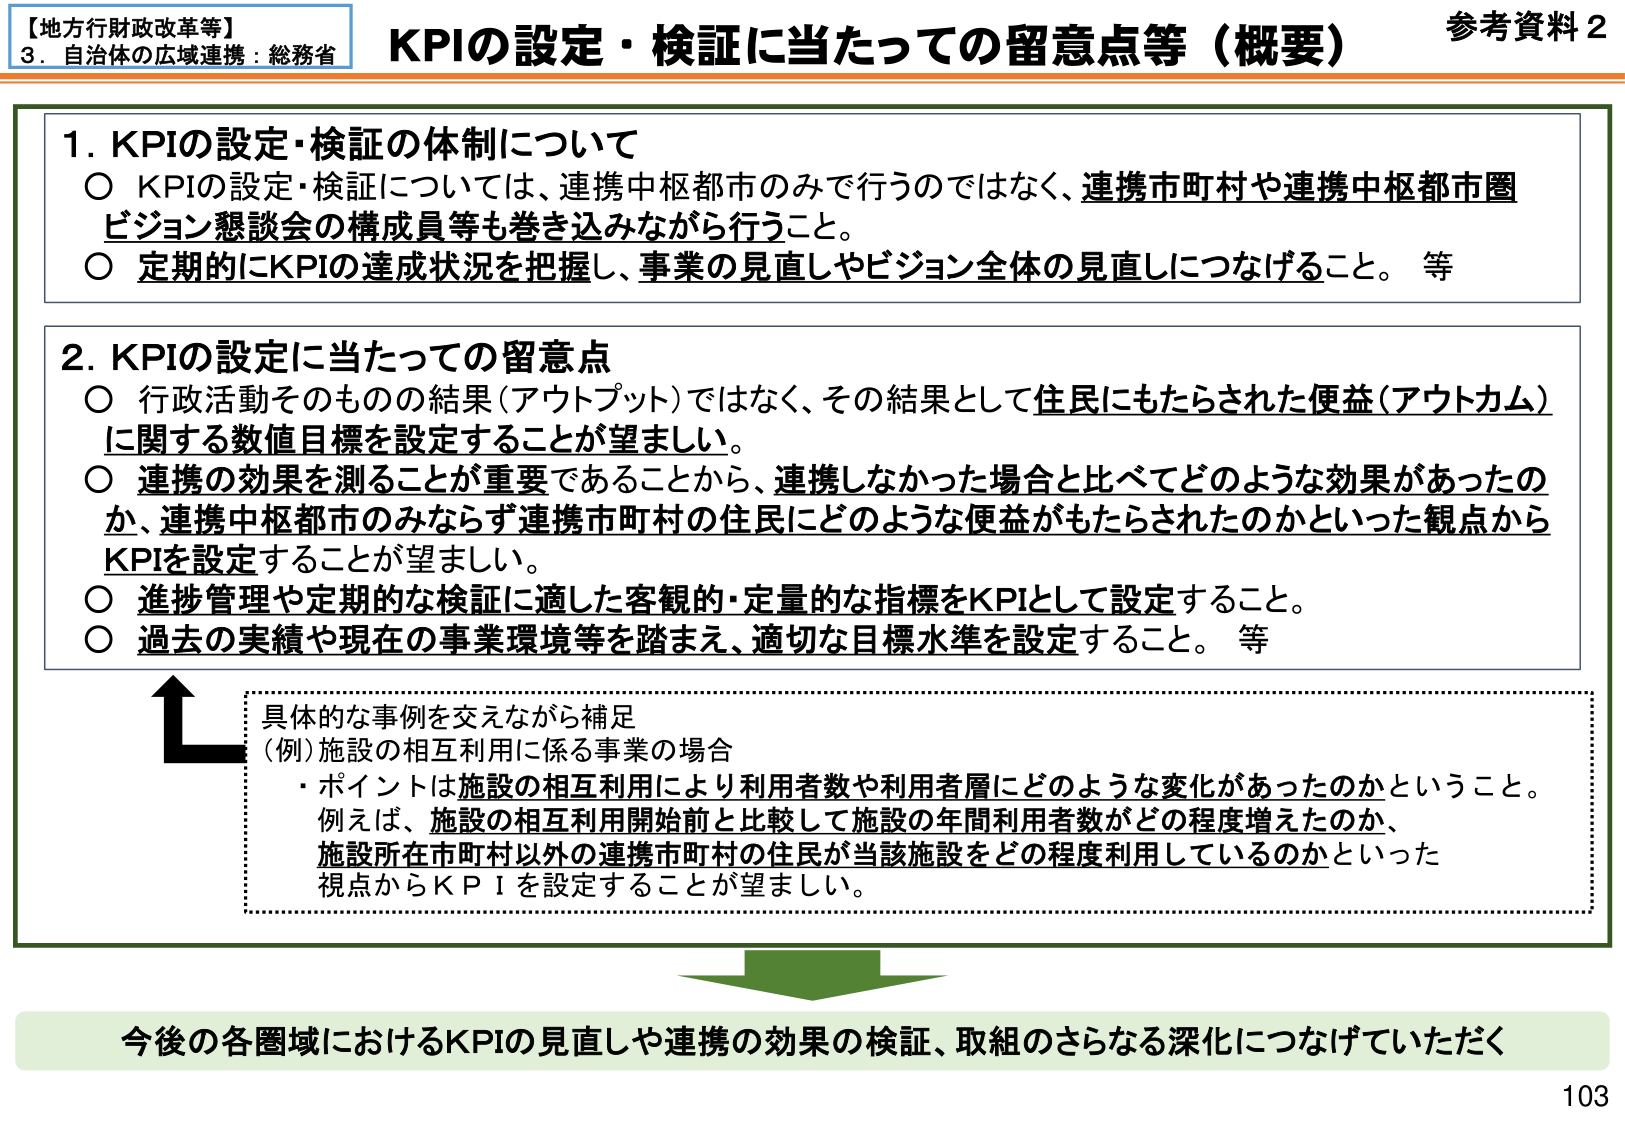
【地方行財政改革等】
3．自治体の広域連携：総務省

KPIの設定・検証に当たっての留意点等（概要）
参考資料2

1．KPIの設定・検証の体制について
○ KPIの設定・検証については、連携中枢都市のみで行うのではなく、連携市町村や連携中枢都市圏ビジョン懇談会の構成員等も巻き込みながら行うこと。
○ 定期的にKPIの達成状況を把握し、事業の見直しやビジョン全体の見直しにつなげること。 等

2．KPIの設定に当たっての留意点
○ 行政活動そのものの結果（アウトプット）ではなく、その結果として住民にもたらされた便益（アウトカム）に関する数値目標を設定することが望ましい。
○ 連携の効果を測ることが重要であることから、連携しなかった場合と比べてどのような効果があったのか、連携中枢都市のみならず連携市町村の住民にどのような便益がもたらされたのかといった観点からKPIを設定することが望ましい。
○ 進捗管理や定期的な検証に適した客観的・定量的な指標をKPIとして設定すること。
○ 過去の実績や現在の事業環境等を踏まえ、適切な目標水準を設定すること。 等

具体的な事例を交えながら補足
（例）施設の相互利用に係る事業の場合
・ポイントは施設の相互利用により利用者数や利用者層にどのような変化があったのかということ。
例えば、施設の相互利用開始前と比較して施設の年間利用者数がどの程度増えたのか、
施設所在市町村以外の連携市町村の住民が当該施設をどの程度利用しているのかといった
視点からKPIを設定することが望ましい。

今後の各圏域におけるKPIの見直しや連携の効果の検証、取組のさらなる深化につなげていただく

103